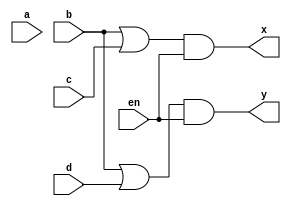
module four_to_two_encoder(a,b,c,d,en,x,y);
input a,b,c,d,en  ;
output x,y;
assign x = (b | c) & en;
assign y = (b | d) & en;
endmodule